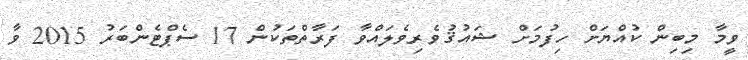
ވީމާ މިބިން ކުއްޔަށް ހިފުމަށް ޝައުޤުވެރިވެލައްވާ ފަރާތްތަކުން 17 ސެޕްޓެންބަރު 2015 ވާ